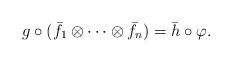
LaTeX: \begin{align*}g \circ (\bar{f_1}\otimes \dots \otimes \bar{f_n})= \bar{h}\circ \varphi.\end{align*}